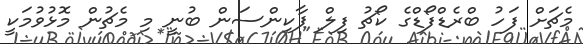
މެޗަށް ފަހު ބްރެޑްފޯޑްގެ ކޯޗު ފިލް ޕާކިންސަން ބުނީ މި މެޗުން މޮޅުވުމަކީ